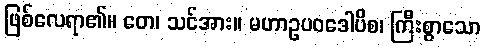
ဖြစ်လေရာ၏။ တေ၊ သင်အား။ မဟာဥပဝဒေါပိစ၊ ကြီးစွာသော